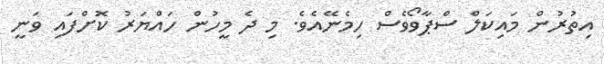
އިތުރުން މައިކަލް ސްޕާވޯވެސް ހިމެނޭއެވެ. މި ދެ މީހުން ހައްޔަރު ކޮށްފައި ވަނީ